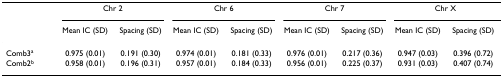
<table><thead><tr><td></td><td colspan="2"><b>Chr 2</b></td><td colspan="2"><b>Chr 6</b></td><td colspan="2"><b>Chr 7</b></td><td colspan="2"><b>Chr X</b></td></tr><tr><td></td><td><b>Mean IC (SD)</b></td><td><b>Spacing (SD)</b></td><td><b>Mean IC (SD)</b></td><td><b>Spacing (SD)</b></td><td><b>Mean IC (SD)</b></td><td><b>Spacing (SD)</b></td><td><b>Mean IC (SD)</b></td><td><b>Spacing (SD)</b></td></tr></thead><tbody><tr><td>Comb3<sup>a</sup></td><td>0.975 (0.01)</td><td>0.191 (0.30)</td><td>0.974 (0.01)</td><td>0.181 (0.33)</td><td>0.976 (0.01)</td><td>0.217 (0.36)</td><td>0.947 (0.03)</td><td>0.396 (0.72)</td></tr><tr><td>Comb2<sup>b</sup></td><td>0.958 (0.01)</td><td>0.196 (0.31)</td><td>0.957 (0.01)</td><td>0.184 (0.33)</td><td>0.956 (0.01)</td><td>0.225 (0.37)</td><td>0.931 (0.03)</td><td>0.407 (0.74)</td></tr></tbody></table>